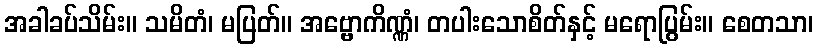
အခါခပ်သိမ်း။ သမိတံ၊ မပြတ်။ အဗ္ဗောကိဏ္ဏံ၊ တပါးသောစိတ်နှင့် မရောပြွမ်း။ စေတသာ၊